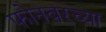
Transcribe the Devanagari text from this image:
फोनवरच्या